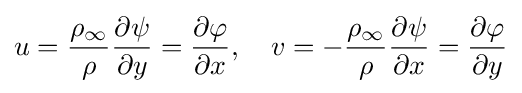
u={\frac {\rho _{\infty }}{\rho }}{\frac {\partial \psi }{\partial y}}={\frac {\partial \varphi }{\partial x}},\quad v=-{\frac {\rho _{\infty }}{\rho }}{\frac {\partial \psi }{\partial x}}={\frac {\partial \varphi }{\partial y}}